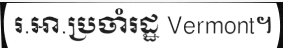
រ.អា.ប្រចាំរដ្ឋ Vermont។